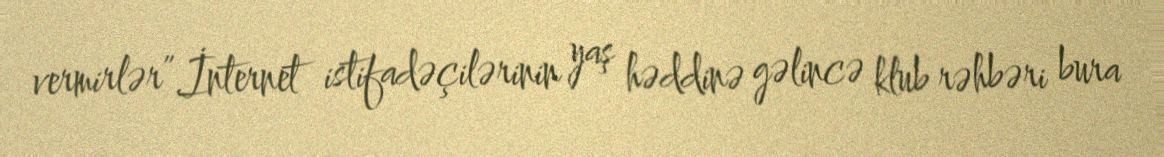
vermirlər”.İnternet istifadəçilərinin yaş həddinə gəlincə klub rəhbəri bura